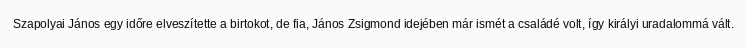
Szapolyai János egy időre elveszítette a birtokot, de fia, János Zsigmond idejében már ismét a családé volt, így királyi uradalommá vált.